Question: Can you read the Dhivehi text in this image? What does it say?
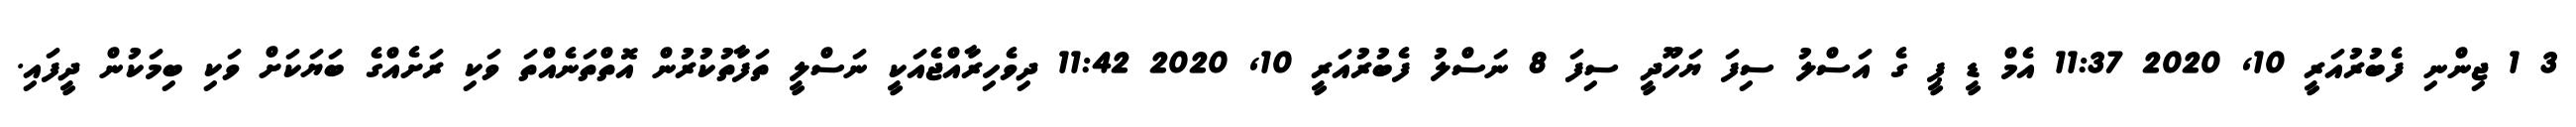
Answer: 3 1 ޖިންނި ފެބުރުއަރީ 10, 2020 11:37 އެމް ޑީ ޕީ ގެ އަސްލު ސިފަ ޔަހޫދީ ސިފަ 8 ނަސްލު ފެބުރުއަރީ 10, 2020 11:42 ދިވެހިރާއްޖެއަކީ ނަސްލީ ތަފާތުކުރުން އޮތްތަނެއްތަ ވަކި ރަށެއްގެ ބަޔަކަށް ވަކި ބިމަކުން ދީފައި.